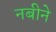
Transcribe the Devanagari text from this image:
नबीने